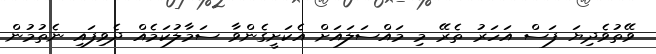
ވޭތުވެދިޔަ ފަސް އަހަރު ތެރޭ މި މައްސަލައަށް އެކަށީގެންވާ ސަމާލުކަމެއް ދެވިފައި ނެތުމުން